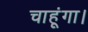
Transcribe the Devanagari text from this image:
चाहूंगा।